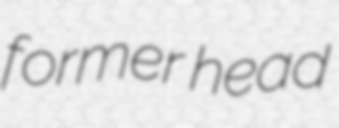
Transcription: former head